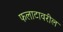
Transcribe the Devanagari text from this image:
फलाटावरील